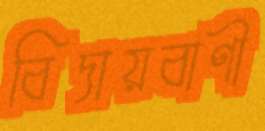
বিদায়বাণী